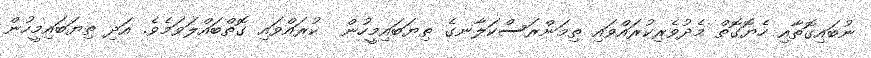
ނުބައިގޮތާއި ހެޔޮގޮތް މެދުވެރިކުރައްވައި ތިމަންރަސްކަލާނގެ ތިޔަބައިމީހުން  ކުރައްވައި ގޮތްބައްލަވަމެވެ. އަދި ތިޔަބައިމީހުން